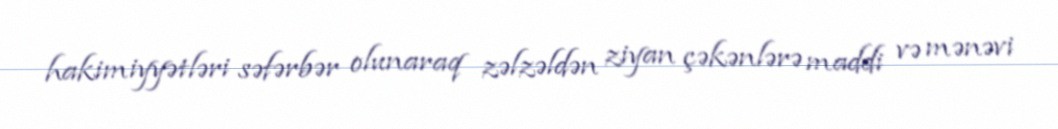
hakimiyyətləri səfərbər olunaraq zəlzəldən ziyan çəkənlərə maddi və mənəvi